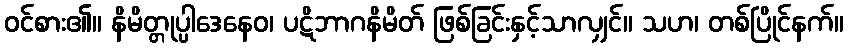
ဝင်စား၏။ နိမိတ္တုပ္ပါဒေနေဝ၊ ပဋိဘာဂနိမိတ် ဖြစ်ခြင်းနှင့်သာလျှင်။ သဟ၊ တစ်ပြိုင်နက်။